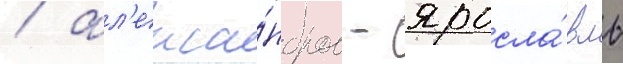
/ ал'екса́ндров - яросла́вль